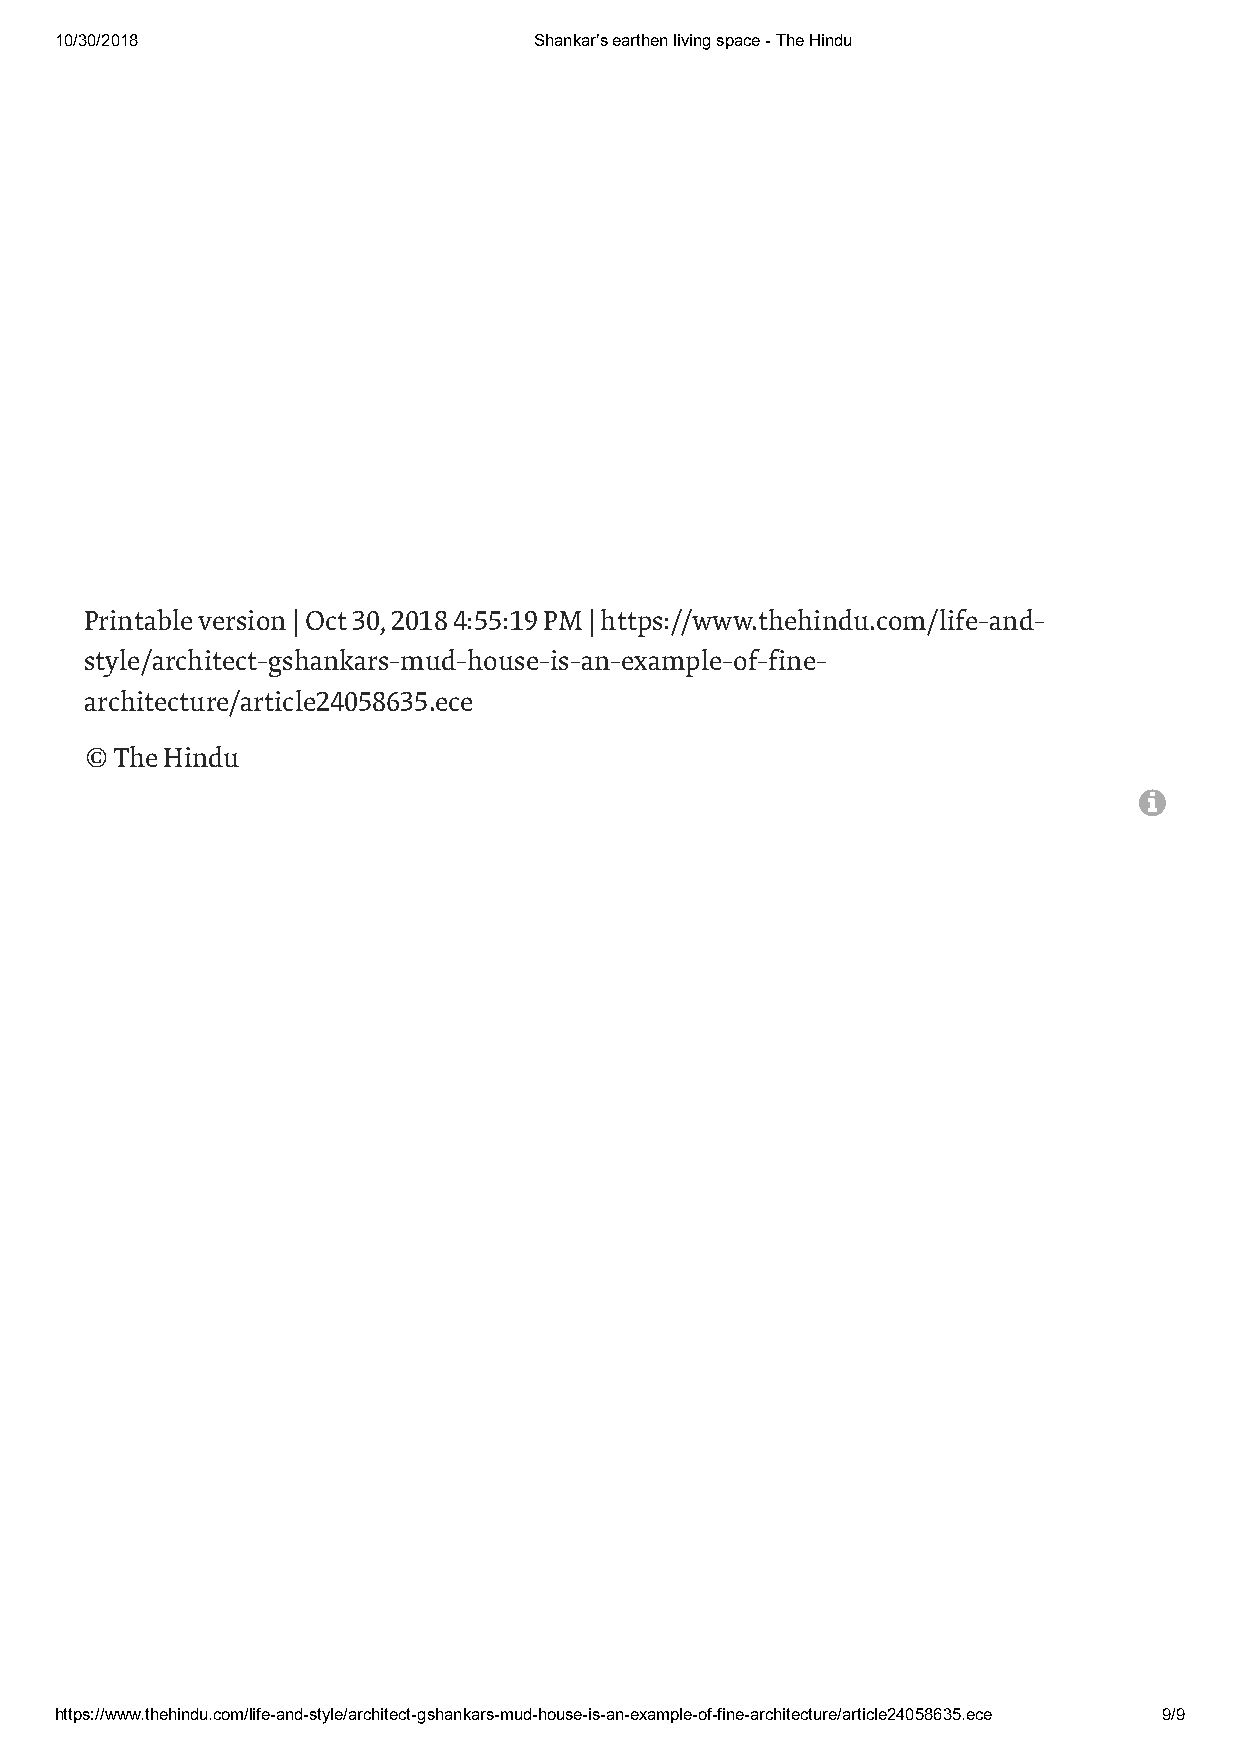
10/30/2018                     Shankar’s earthen living space - The Hindu
 Printable version | Oct 30, 2018 4:55:19 PM | https://www.thehindu.com/life-and-
 style/architect-gshankars-mud-house-is-an-example-of-fine-
 architecture/article24058635.ece
 © The Hindu
 
 https://www.thehindu.com/life-and-style/architect-gshankars-mud-house-is-an-example-of-fine-architecture/article24058635.ece 9/9